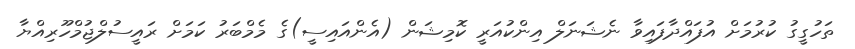
ތަހުގީގު ކުރުމަށް އުފައްދާފައިވާ ނެޝަނަލް އިންކުއަރީ ކޮމިޝަން (އެންއައިސީ)ގެ މެމްބަރު ކަމަށް ރައީސުލްޖުމްހޫރިއްޔާ